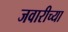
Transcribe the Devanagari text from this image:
जवारीच्या